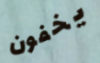
يخفون